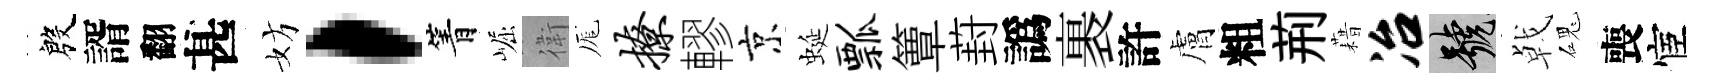
殷諝翻甚妨，箐崛衛厖撩轇京蜒瓢簟葑譌裹許膚粗荊藉冶號㦸磈喪宦